Medical and sanitary report of the native army of Madras for the year
Year: 1877
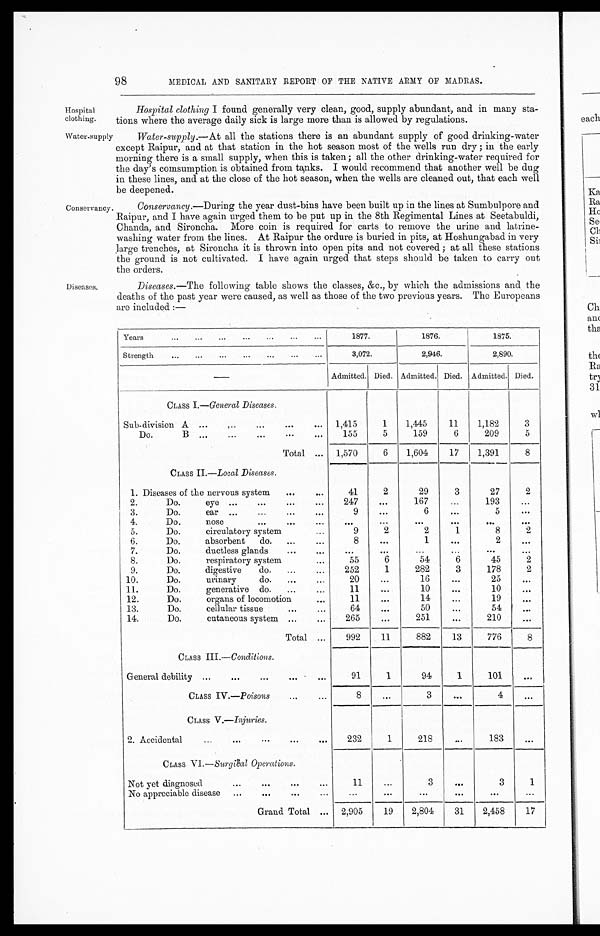
98
MEDICAL AND SANITARY REPORT OF THE NATIVE ARMY OF MADRAS.
Hospital
clothing.
Hospital clothing I found generally very clean, good, supply abundant, and in many sta-
tions where the average daily sick is large more than is allowed by regulations.
Water.supply
Conservane:
Water-supply.—At all the stations there is an abundant supply of good drinking-water
except Raipur, and at that station in the hot season most of the wells run dry ; in the early
morning there is a small supply, when this is taken; all the other drinking-water required for
the day's comsumption is obtained from tanks. I would recommend that another well be dug
in these lines, and at the close of the hot season, when the wells are cleaned out, that each well
be deepened.
Conservancy.—During the year dust-bins have been built up in the lines at Sumbulpore and
Raipur, and I have again urged them to be put up in the 8th Regimental Lines at Seetabuldi,
Chanda, and Sironcha. More coin is required for carts to remove the urine and latrine-
washing water from the lines. At Raipur the ordure is buried in pits, at Hoshungabad in very
large trenches, at Sironcha it is thrown into open pits and not covered ; at all these stations
the ground is not cultivated. I have again urged that steps should be taken to carry out
the orders.
Diseases.
Diseases.—The following table shows the classes, &c., by which the admissions and the
deaths of the past year were caused, as well as those of the two previous years. The Europeans
are included :—
Years
...
...
...
...
...
...
...
1877
1876.
1875.
Strength
...
...
...
...
...
...
...
3,072.
2,946.
2,890.
Admitted. Died. Admitted. Died. Admitted. Died.
CLASS I .—General Diseases.
Sub-division A ...
...
...
...
...
1,415
1
1,445
11
1,182
3
Do.
B ...
...
...
...
. . .
155
5
159
6
209
5
Total ...
1,570
6
1,604
17
1,391
8
CLASS II .—Local Diseases.
1. Diseases of the nervous system
...
...
41
2
29
3
27
2
2.
Do.
eye ...
...
...
247
. . .
167
. . .
193
...
3.
Do.
ear ...
...
...
9
...
6
...
5
. . .
4.
Do.
nose
...
...
...
. . .
...
. . .
. . .
. . .
. . .
5.
Do.
circulatory system
9
2
2
1
8
2
6.
Do.
absorbent
do.
...
8
. . .
1
. . .
2
...
7.
Do.
ductless glands
...
. . .
. . .
...
...
...
...
8.
Do.
respiratory system
...
55
6
54
6
45
2
9.
Do.
digestive
do.
...
252
1
282
3
178
2
10.
Do.
urinary
do.
...
20
...
16
...
25
...
11.
Do.
generative do.
......
11
...
10
...
10
...
12.
Do.
organs of locomotion
...
11
...
14
...
19
...
13.
Do.
cellular tissue
... ...
64
...
50
...
54
...
14.
Do.
cutaneous system ...
265
...
251
...
210
...
Total...
992
11
882
13
776
8
CLASS III .—Conditions.
General debility ...
... ... ... ...
91
1
94
1
101
. . .
CLASS IV .—Poisons...
...
8
...
3
4
...
CLASS V.—Injuries.
2. Accidental...
...
...
. . .
232
1
218
...
183
...
CLASS VI.—Surgical Operations.
Not yet diagnosed
...
... ...
...
11
...
3
...
3
1
No appreciable disease
...
... ...
...
...
... ... ...
...
...
Grand Total ...
2,905
19
2,804
31
2,458
17